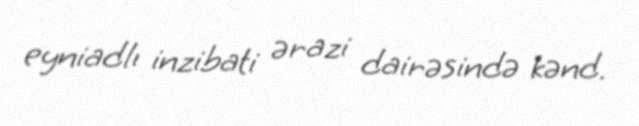
eyniadlı inzibati ərazi dairəsində kənd.